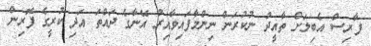
ފާރިސް އެބިލަށް ތާއީދު ނުކުރަން ނިންމާފައިވާއިރު އޭނާގެ ދައްތަ އަދި ކުރީގެ ފޮރިން